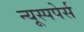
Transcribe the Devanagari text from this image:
न्यूस्पपेर्स